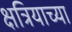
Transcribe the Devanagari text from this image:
क्षत्रियाच्या